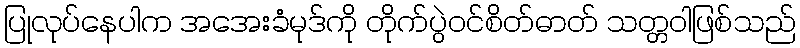
ပြုလုပ်နေပါက အအေးခံမုဒ်ကို တိုက်ပွဲဝင်စိတ်ဓာတ် သတ္တဝါဖြစ်သည်